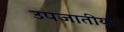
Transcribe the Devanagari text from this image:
उपजातीया